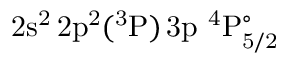
\mathrm { 2 s ^ { 2 } \, 2 p ^ { 2 } ( ^ { 3 } P ) \, 3 p ~ ^ { 4 } P _ { 5 / 2 } ^ { \circ } }